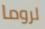
لروما